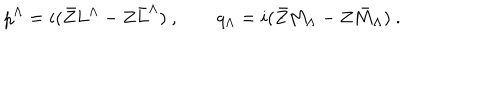
p ^ { \Lambda } = i ( \bar { Z } L ^ { \Lambda } - Z \bar { L } ^ { \Lambda } ) \ , \qquad q _ { \Lambda } = i ( \bar { Z } M _ { \Lambda } - Z \bar { M } _ { \Lambda } ) \ .